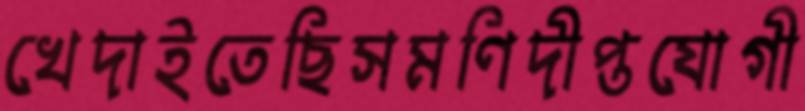
খেদাইতেছিসমণিদীপ্তযোগী